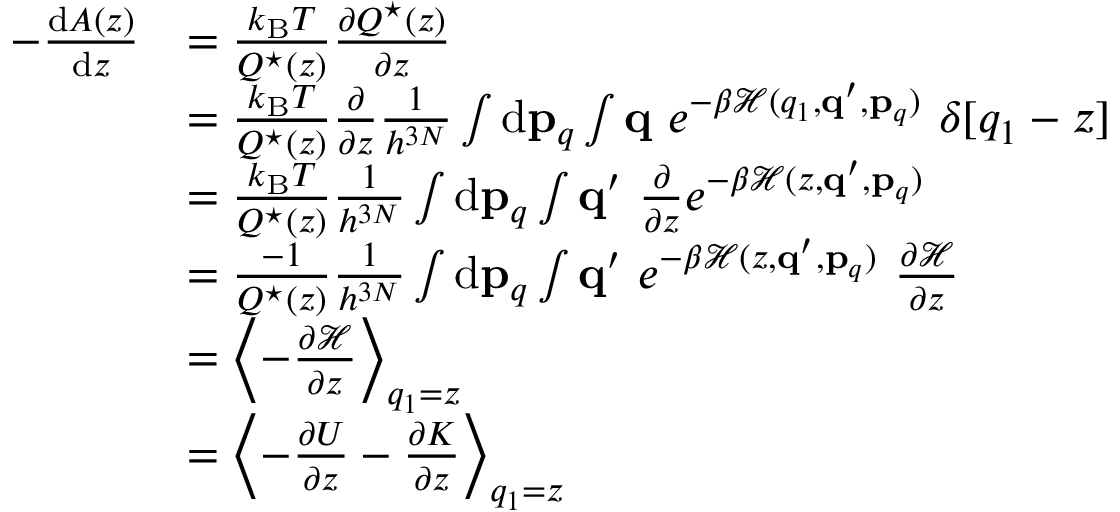
\begin{array} { r l } { - \frac { \ensuremath { \mathrm { d } } A ( z ) } { \ensuremath { \mathrm { d } } z } } & { = \frac { k _ { \mathrm { B } } T } { Q ^ { \star } ( z ) } \frac { \partial Q ^ { \star } ( z ) } { \partial z } } \\ & { = \frac { k _ { \mathrm { B } } T } { Q ^ { \star } ( z ) } \frac { \partial } { \partial z } \frac { 1 } { h ^ { 3 N } } \int \ensuremath { \mathrm { d } } \ensuremath { \mathbf { p } } _ { q } \int \ensuremath { \mathbf { q } } \ e ^ { - \beta \mathcal { H } ( q _ { 1 } , \ensuremath { \mathbf { q } } ^ { \prime } , \ensuremath { \mathbf { p } } _ { q } ) } \ \delta [ q _ { 1 } - z ] } \\ & { = \frac { k _ { \mathrm { B } } T } { Q ^ { \star } ( z ) } \frac { 1 } { h ^ { 3 N } } \int \ensuremath { \mathrm { d } } \ensuremath { \mathbf { p } } _ { q } \int \ensuremath { \mathbf { q } } ^ { \prime } \ \frac { \partial } { \partial z } e ^ { - \beta \mathcal { H } ( z , \ensuremath { \mathbf { q } } ^ { \prime } , \ensuremath { \mathbf { p } } _ { q } ) } } \\ & { = \frac { - 1 } { Q ^ { \star } ( z ) } \frac { 1 } { h ^ { 3 N } } \int \ensuremath { \mathrm { d } } \ensuremath { \mathbf { p } } _ { q } \int \ensuremath { \mathbf { q } } ^ { \prime } \ e ^ { - \beta \mathcal { H } ( z , \ensuremath { \mathbf { q } } ^ { \prime } , \ensuremath { \mathbf { p } } _ { q } ) } \ \frac { \partial \mathcal { H } } { \partial z } } \\ & { = \left< - \frac { \partial \mathcal { H } } { \partial z } \right> _ { q _ { 1 } = z } } \\ & { = \left< - \frac { \partial U } { \partial z } - \frac { \partial K } { \partial z } \right> _ { q _ { 1 } = z } } \end{array}